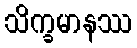
သိက္ခမာနဿ